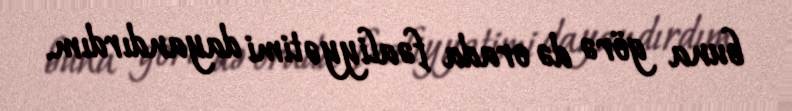
buna görə də orada fəaliyyətimi dayandırdım.